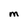
Character: M